Indian journal of veterinary science and animal husbandry - Volumes 15-17, 1948-1951
Year: 1948
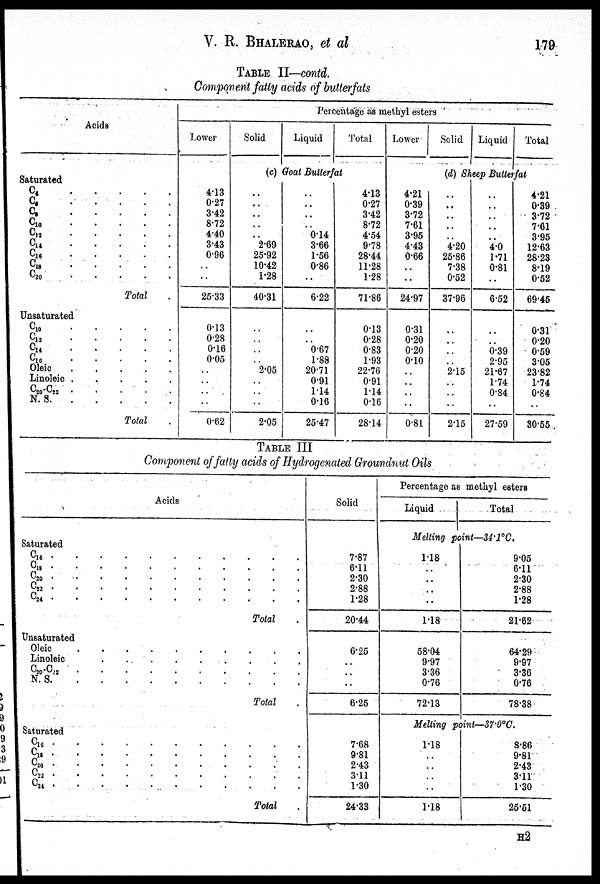
V. R. BHALERAO, et al
179
TABLE II—contd.
Component fatty acids of butterfats
Acids
Saturated
C 4
.
.
.
.
.
C 6
.
.
.
.
.
C 8
.
.
.
.
.
C 10
.
.
.
.
.
C12
.
.
.
.
.
C 14
.
.
.
.
.
C16
.
.
.
.
.
C 18
.
.
. .
C 20 . . . . .
Total .
Unsaturated
C 10
.
.
.
.
.
C 12
.
.
.
.
.
C 14
.
.
.
.
.
C16
.
.
.
.
.
Oleic
.
.
.
.
.
Linoleic
.
.
.
.
.
C20-C22
.
.
.
.
.
N.
S.
.
.
.
.
.
Total .
Percentage as methyl esters
Lower
Solid
Liquid
Total
(c) Goat Butterfat
4.13
0.27
3.42
8.72
4.40
3.43
0.96
..
..
25.33
0.13
0.28
0.16
0.05
..
..
..
..
0.62
..
..
..
..
..
2.69
25.92
10.42
1.28
40.31
..
..
..
..
2.05
..
..
..
2.05
..
..
..
..
0.14
3.66
1.56
0.86
..
6.22
..
..
0.67
1.88
20.71
0.91
1.14
0.16
25.47
4.13
0.27
3.42
8.72
4.54
9.78
28.44
11.28
1.28
71.86
0.13
0.28
0.83
1.93
22.76
0.91
1.14
0.16
28.14
Lower
Solid Liquid
Total
(d) Sheep Butterfat
4.21
0.39
3.72
7.61
3.95
4.43
0.66
..
..
24.97
0.31
0.20
0.20
0.10
..
..
..
..
0.81
..
..
..
..
4.20
25.86
7.38
0.52
37.96
..
..
..
..
2.15
..
..
...
2.15
..
..
..
..
..
4.0
1.71
0.81
..
6.52
..
..
0.39
2.95
21.67
1.74
0.84
..
27.59
4.21
0.39
3.72
7.61
3.95
12.63
28.23
8.19
0.52
69.45
0.31
0.20
0.59
3.05
23.82
1.74
0.84
..
30.55
TABLE III
Component of fatty acids of Hydrogenated Groundnut Oils
Acids
Saturated
C 16 .
.
.
.
.
.
.
.
.
.
.
C 18 .
.
.
.
.
.
.
.
.
.
C 20
.
.
.
.
.
.
.
.
.
.
.
C 22
.
.
.
.
.
.
.
.
.
.
.
C 24
.
.
.
.
.
.
.
.
.
.
.
Total
Unsaturated
Oleic . . . . . . . . . .
Linoleic
.
. .
.
.
.
.
C 20 -C 22
.
.
.
.
.
.
.
.
.
.
N.
S.
.
.
.
.
.
.
.
.
.
.
.
Total
Saturated
C 16 .
.
.
.
.
.
.
.
.
.
.
C 18 .
.
.
.
. .
.
.
.
.
.
.
C 20 .
.
.
.
.
.
.
.
.
.
C 22
.
.
.
.
.
.
.
.
.
.
.
C 24 . . . . . . . . . . .
Total
Solid
7.87
6.11
2.30
2.88
1.28
20.44
6.25
..
..
..
6.25
7.68
9.81
2.43
3.11
1.30
24.33
Percentage as methyl esters
Liquid
Total
Melting point—34.1ºC.
1.18
..
..
..
..
1.18
58.04
9.97
3.36
0.76
72.13
9.05
6.11
2.30
2.88
1.28
21.62
64.29
9.97
3.36
0.76
78.38
Melting point—37.0ºC.
1.18
..
..
..
..
.1.8
8.86
9.81
2.43
3.11
1.30
25.51
H 2